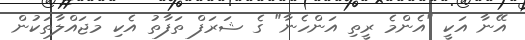
އޭނާ އަކީ "އެންމެ ރީތި އަންހެނާ" ގެ ޝަރަފް ތަފާތު އެކި މަޖައްލާތަކުން